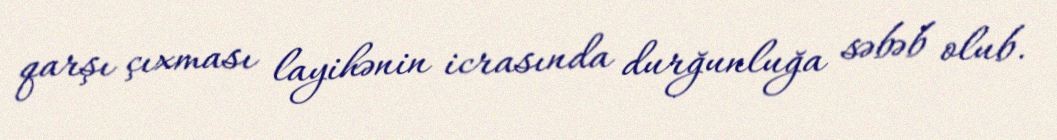
qarşı çıxması layihənin icrasında durğunluğa səbəb olub.